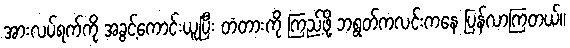
အားလပ်ရက်ကို အခွင့်ကောင်းယူပြီး တံတားကို ကြည့်ဖို့ ဘရွတ်ကလင်းကနေ ပြန်လာကြတယ်။